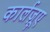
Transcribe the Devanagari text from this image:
कार्लज़ूए